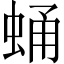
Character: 蛹